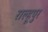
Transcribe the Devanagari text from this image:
राल्हूपुर